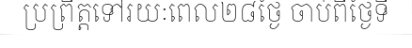
ប្រព្រឹត្តទៅរយៈពេល២៨ថ្ងៃ ចាប់ពីថ្ងៃទី